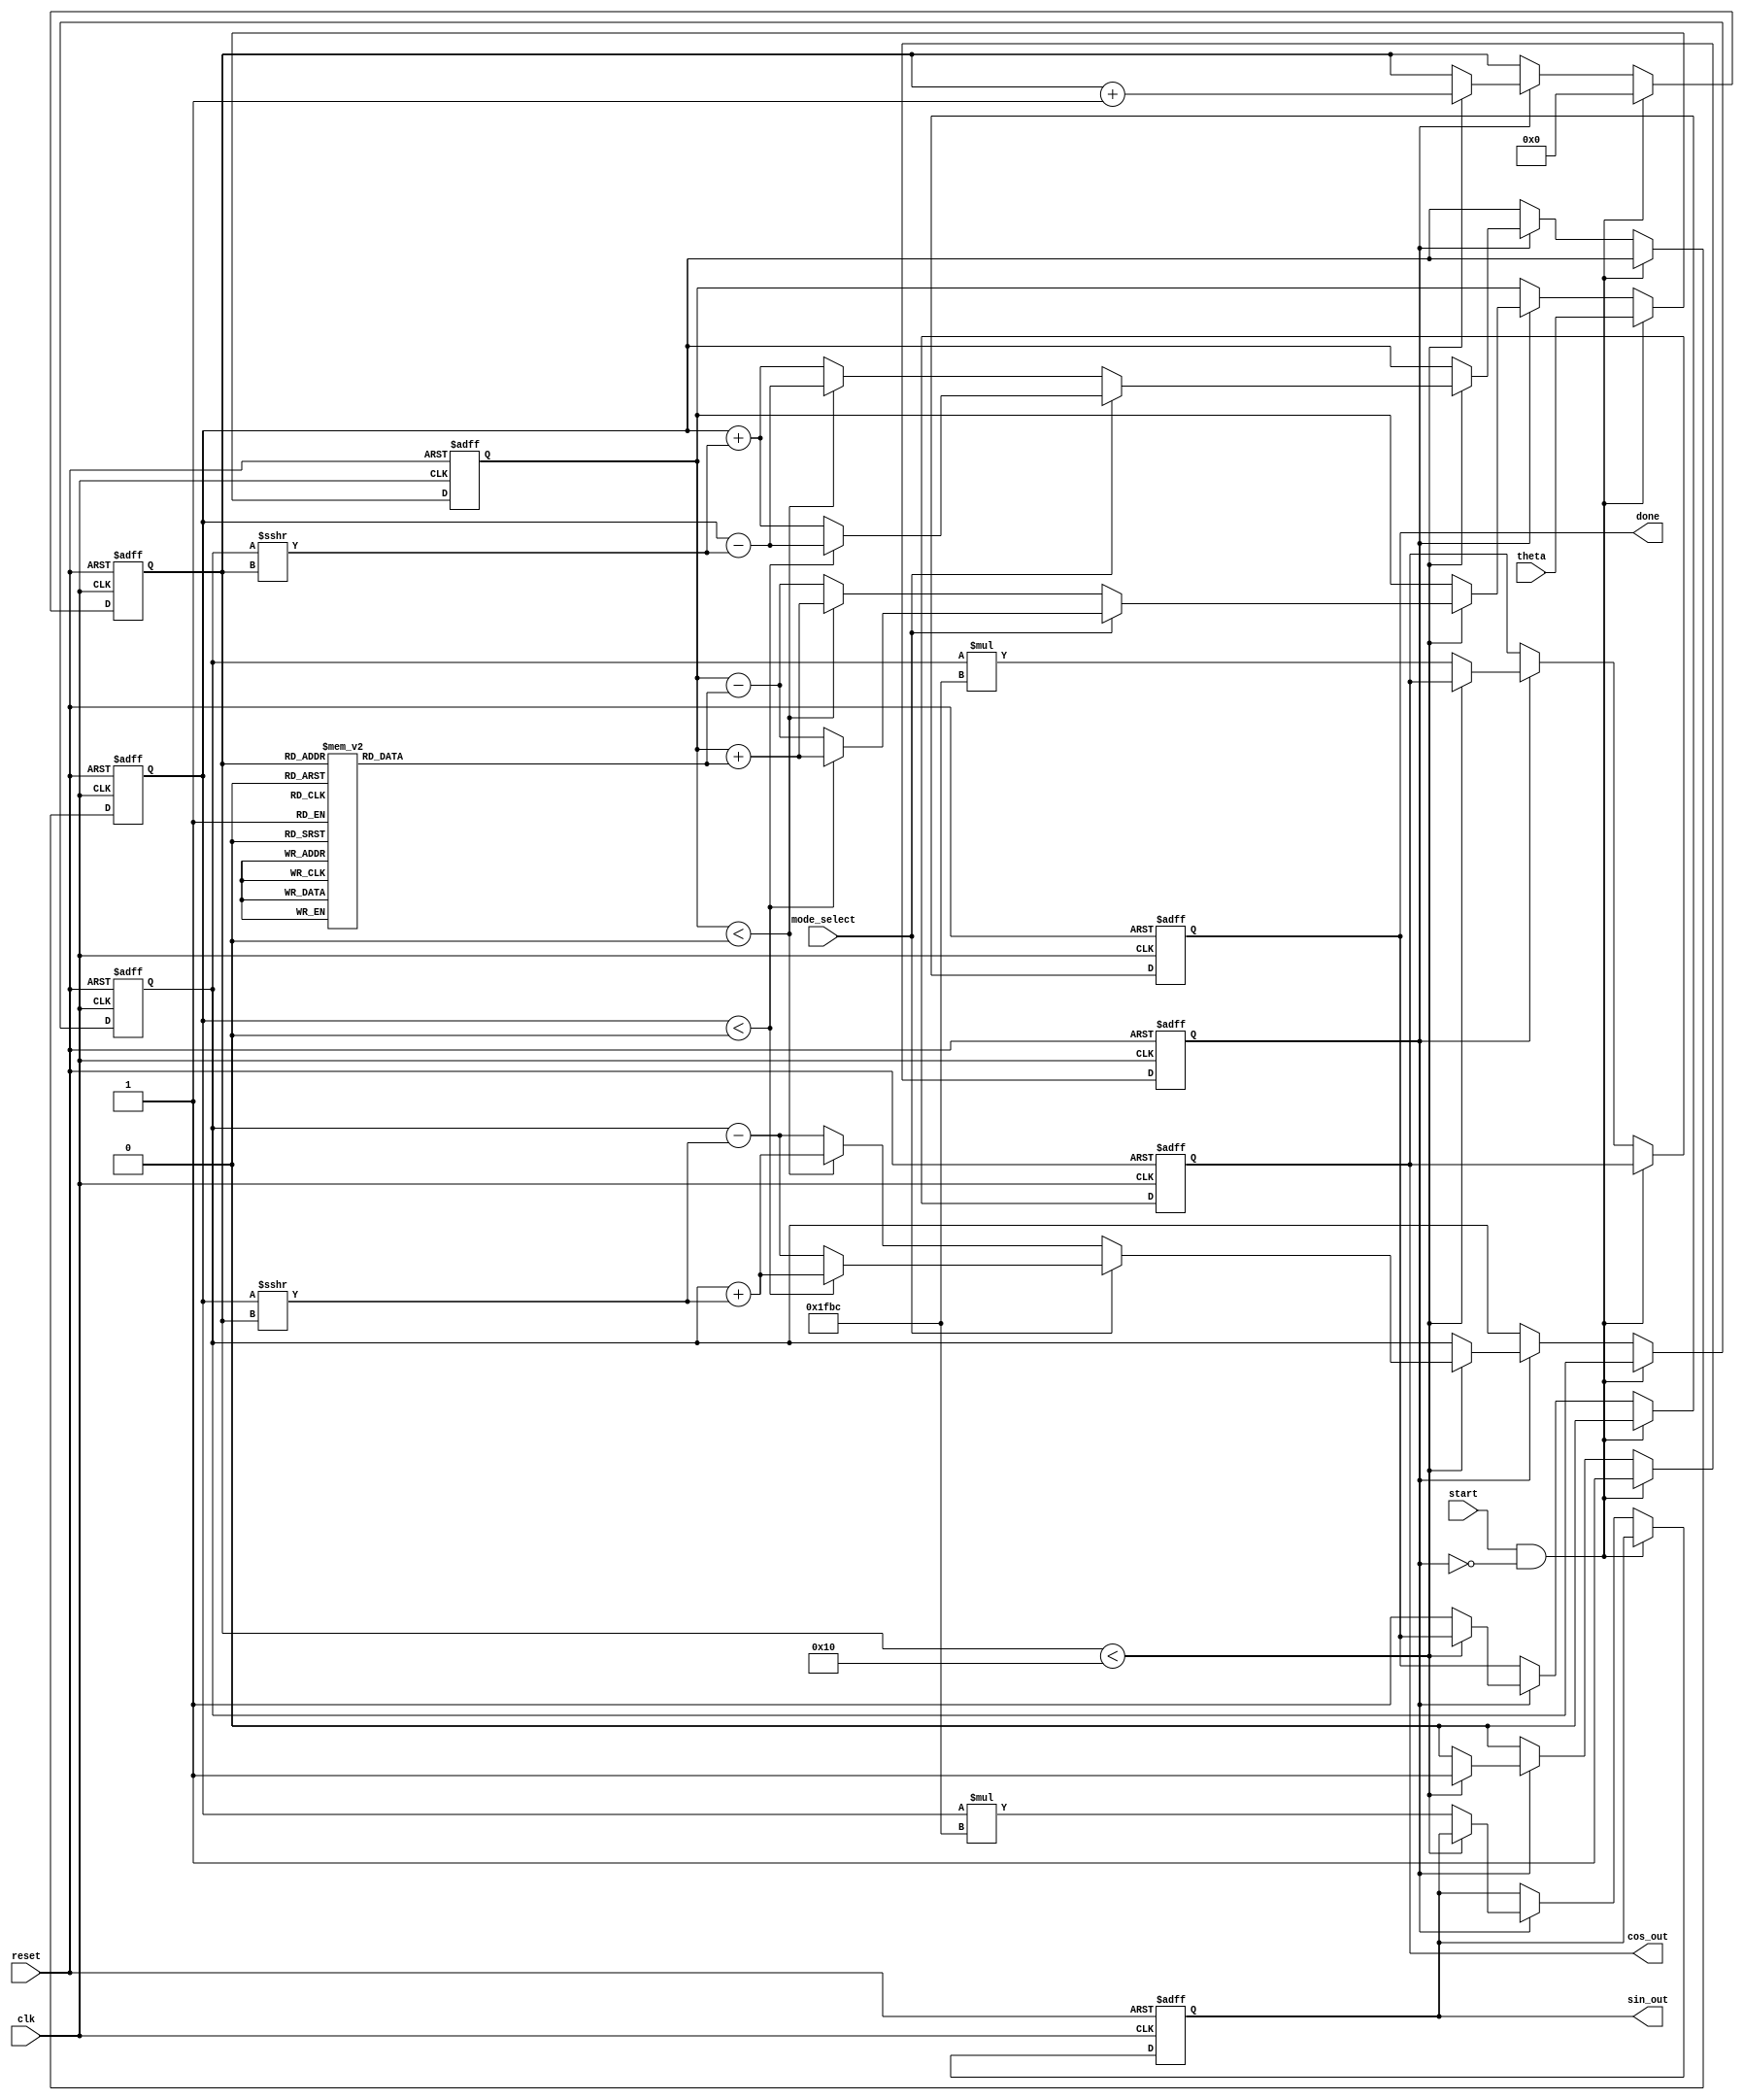
module cordic(
    input wire clk,
    input wire reset,
    input wire start,
    input wire [31:0] theta, // Angle input
    input wire mode_select,   // Mode select (0: Rotation, 1: Vectoring)
    output reg [31:0] sin_out, // Sine output
    output reg [31:0] cos_out, // Cosine output
    output reg done
);

    // Define parameters
    parameter N = 16; // Number of iterations
    parameter LUT_WIDTH = 32;
    reg [LUT_WIDTH-1:0] atan_table [0:N-1]; // Lookup table for arctangent values
    reg [LUT_WIDTH-1:0] gain; // CORDIC gain

    // Internal state variables
    reg [LUT_WIDTH-1:0] x, y, z; // x, y, z coordinates
    reg [3:0] iteration; // Iteration counter
    reg executing; // Execution flag

    // Initialize LUTs and gain values (in practice, this data will be generated and loaded)
    initial begin
        // Precompute atan values for each iteration
        atan_table[0] = 32'h3247; // atan(2^0)
        atan_table[1] = 32'h1DAC; // atan(2^-1)
        atan_table[2] = 32'h0FAD; // atan(2^-2)
        // ... Fill the rest of the atan_table
    
        gain = 32'h1FBC; // Precomputed gain for N iterations
        // Optionally, initialize gain for fixed-point representation
    end

    // Main CORDIC execution logic
    always @(posedge clk or posedge reset) begin
        if (reset) begin
            // Reset outputs and state variables
            sin_out <= 32'h00000000;
            cos_out <= 32'h00000000;
            x <= 32'h00010000; // Initial x = 1
            y <= 32'h00000000; // Initial y = 0
            z <= 0; // Initial z = 0
            iteration <= 0;
            executing <= 0;
            done <= 0;
        end else if (start && !executing) begin
            // Start execution
            z <= theta; // Load input angle
            executing <= 1;
            iteration <= 0;
            done <= 0;
        end else if (executing) begin
            if (iteration < N) begin
                // CORDIC rotation/vectoring operation
                if (mode_select == 1'b0) begin // Rotation mode
                    if (z < 0) begin
                        x <= x + (y >>> iteration); // x + y * 2^-iteration
                        y <= y - (x >>> iteration); // y - x * 2^-iteration
                        z <= z + atan_table[iteration]; // Update z
                    end else begin
                        x <= x - (y >>> iteration);
                        y <= y + (x >>> iteration);
                        z <= z - atan_table[iteration];
                    end
                end else begin // Vectoring mode
                    if (y < 0) begin
                        x <= x + (y >>> iteration);
                        y <= y - (x >>> iteration);
                        z <= z + atan_table[iteration];
                    end else begin
                        x <= x - (y >>> iteration);
                        y <= y + (x >>> iteration);
                        z <= z - atan_table[iteration];
                    end
                end
                iteration <= iteration + 1;
            end else begin
                // Final outputs after all iterations
                sin_out <= y * gain; // Scale y by the gain
                cos_out <= x * gain; // Scale x by the gain
                done <= 1; // Mark as done
                executing <= 0; // Reset executing state
            end
        end
    end

endmodule